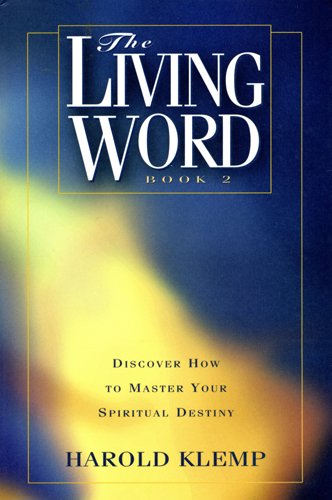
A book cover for The Living Word: Book 2; Harold Klemp; Religion & Spirituality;